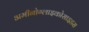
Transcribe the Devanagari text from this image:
अमीनोग्लाइकोसाइडस